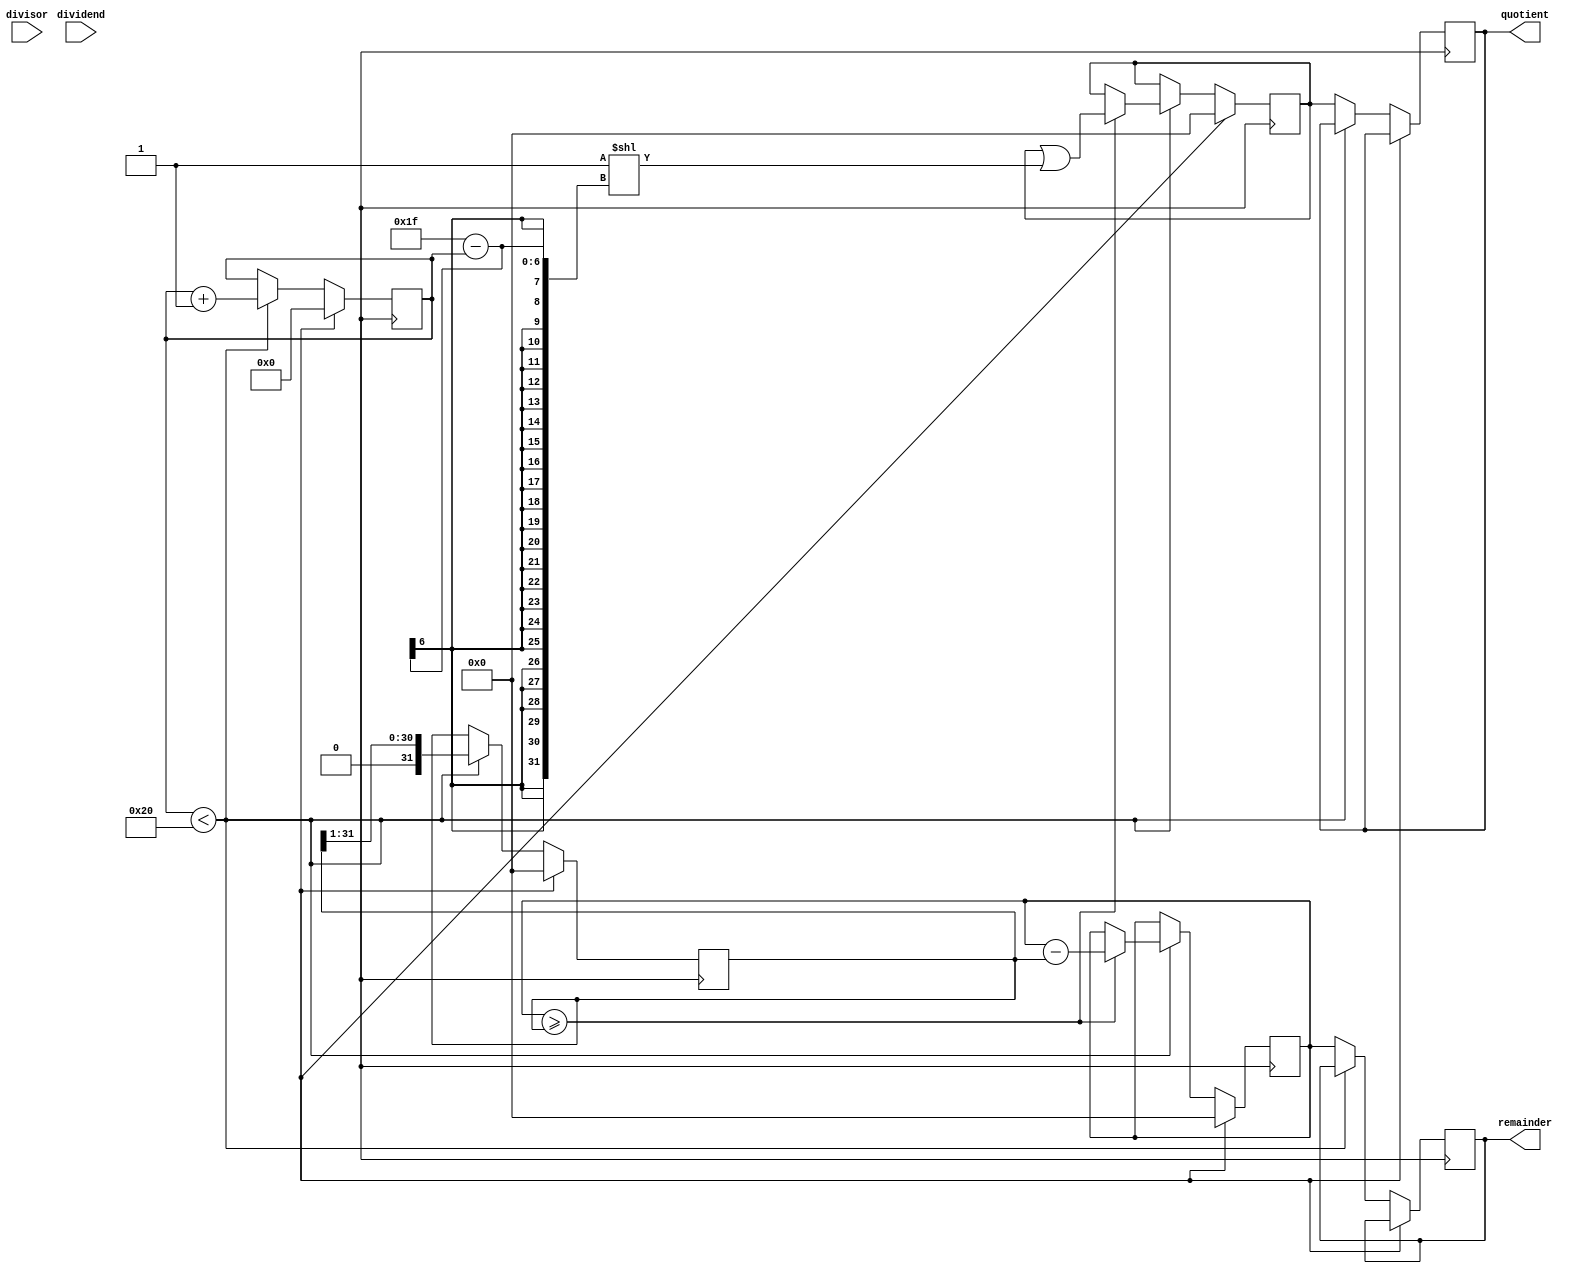
module pipelined_divider (
    input wire [31:0] dividend,
    input wire [31:0] divisor,
    output reg [31:0] quotient,
    output reg [31:0] remainder
);

reg [31:0] dividend_reg;
reg [31:0] divisor_reg;
reg [5:0] count;
reg [31:0] quotient_reg;
reg [31:0] accumulator;

always @ (posedge clk) begin
    if (reset) begin
        dividend_reg <= 0;
        divisor_reg <= 0;
        count <= 0;
        quotient_reg <= 0;
        accumulator <= 0;
    end else begin
        if (count < 32) begin
            if (dividend_reg >= divisor_reg) begin
                dividend_reg <= dividend_reg - divisor_reg;
                quotient_reg <= quotient_reg | (1 << (31 - count));
            end
            divisor_reg <= divisor_reg >> 1;
            count <= count + 1;
        end else begin
            quotient <= quotient_reg;
            remainder <= dividend_reg;
        end
    end
end

endmodule